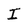
Character: I